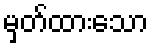
မှတ်ထားသော